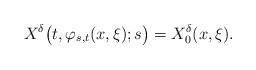
LaTeX: \begin{align*}X^\delta\big(t,\varphi_{s,t}(x,\xi);s\big)=X_0^\delta(x,\xi).\end{align*}